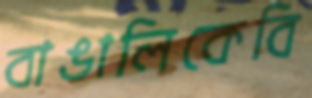
বাঙালিকেবি